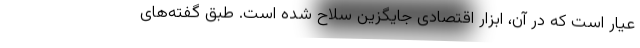
عیار است که در آن، ابزار اقتصادی جایگزین سلاح شده است. طبق گفته‌های